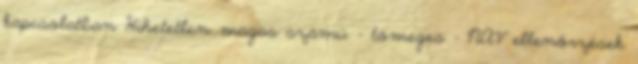
kapcsolatban Hihetetlen magas számú - tömeges - NAV ellenőrzések